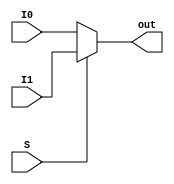
module func1(I0,I1,S,out);
  input I0,I1;
  input S;
  output out;
   assign out = S ? I1 : I0;
   
 endmodule
/* este modulo  um seletor (mux 2x1) que vai selecionar uma entrada
conforme seu sinal lgico */